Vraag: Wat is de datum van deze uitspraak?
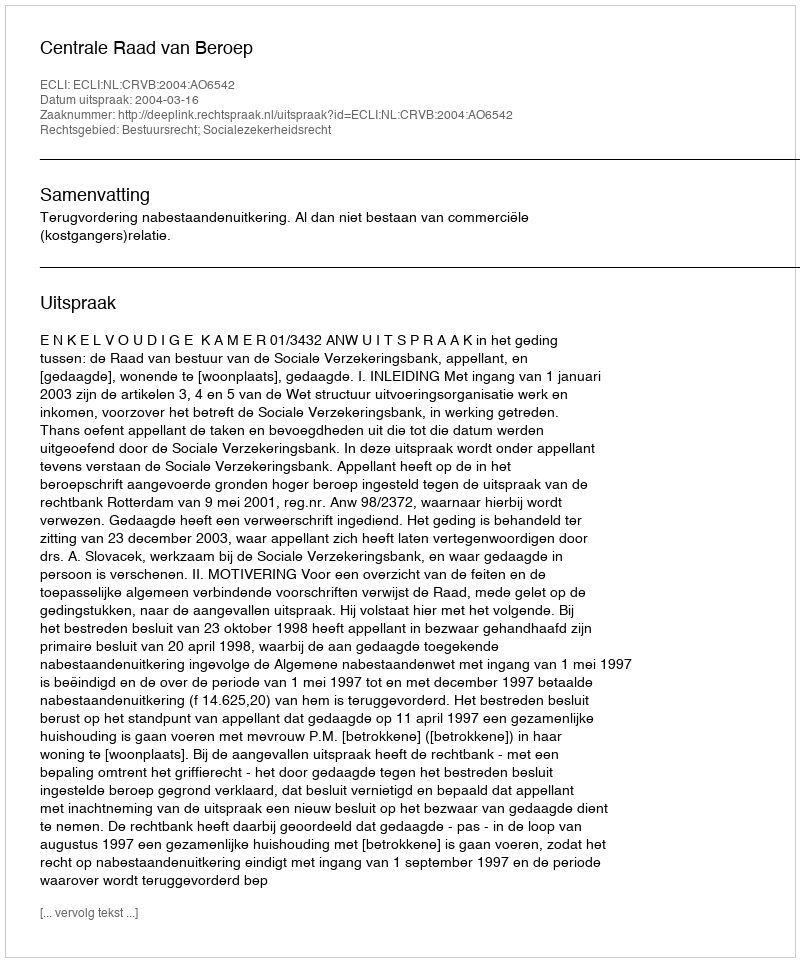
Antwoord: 2004-03-16